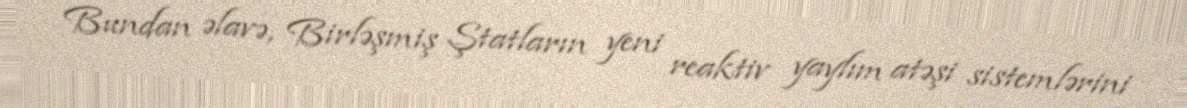
Bundan əlavə, Birləşmiş Ştatların yeni reaktiv yaylım atəşi sistemlərini